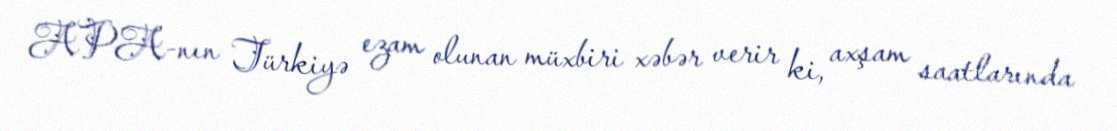
APA-nın Türkiyə ezam olunan müxbiri xəbər verir ki, axşam saatlarında